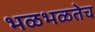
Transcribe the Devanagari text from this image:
भळभळतेच